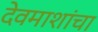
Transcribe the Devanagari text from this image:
देवमाशांचा